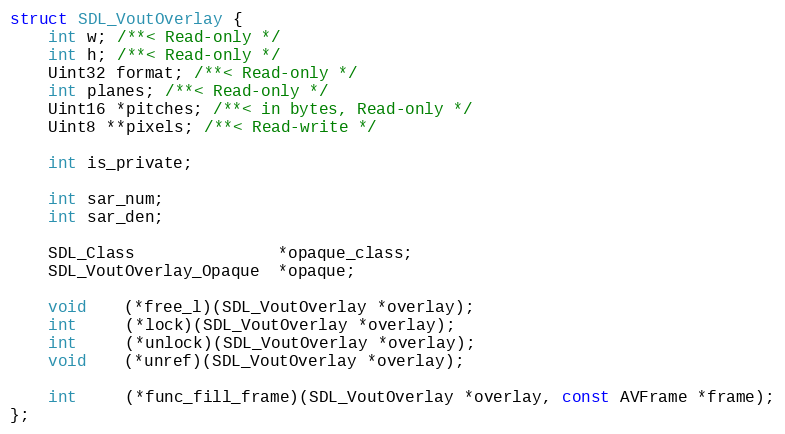
Language: C
struct SDL_VoutOverlay {
    int w; /**< Read-only */
    int h; /**< Read-only */
    Uint32 format; /**< Read-only */
    int planes; /**< Read-only */
    Uint16 *pitches; /**< in bytes, Read-only */
    Uint8 **pixels; /**< Read-write */

    int is_private;

    int sar_num;
    int sar_den;

    SDL_Class               *opaque_class;
    SDL_VoutOverlay_Opaque  *opaque;

    void    (*free_l)(SDL_VoutOverlay *overlay);
    int     (*lock)(SDL_VoutOverlay *overlay);
    int     (*unlock)(SDL_VoutOverlay *overlay);
    void    (*unref)(SDL_VoutOverlay *overlay);

    int     (*func_fill_frame)(SDL_VoutOverlay *overlay, const AVFrame *frame);
};